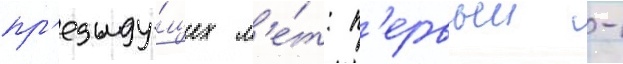
пр'едыду́щих л'е́т: п'ервыи -